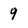
Character: 9